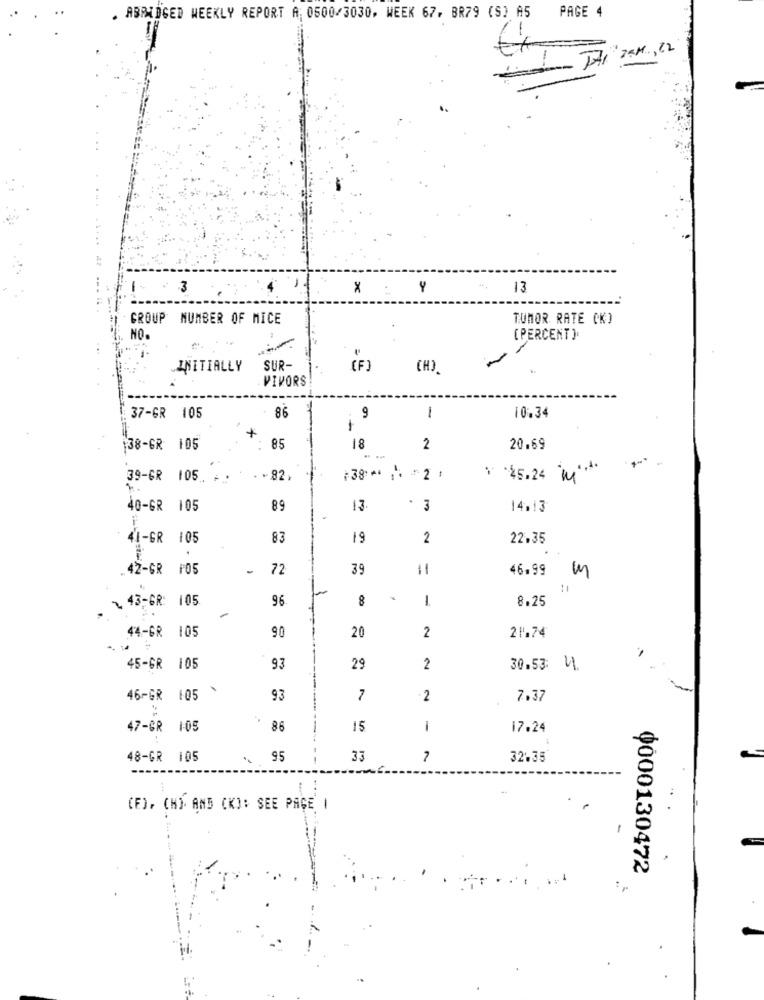
PAGE 4
. ABRIDGED WEEKLY REPORT A, 0500/3030, WEEK 67, BR79 (S) A5
TAI 25M,22
3
Y
13
GROUP NUMBER OF MICE
TUMOR RATE CK)
NO.
[PERCENT )
INITIALLY
SUR-
( F )
CH)
VIVORS
86
37-GR 105
1
10.34
+
38-GR 105
85
18
2
20.69
39-GR
105
. . 82.
:38 ** * 21
: 45.24 """"
40-GR 105
89
13
- 3
14,13
41-GR 105
83
19
2
22.35
.
.42-GR F05
-
72
39
46.99
3
11
43 ,- GR: 105
96
8
-
8.25
-
44-GR
105
90
21.74
20
2
45-GR 105
93
29
2
30.53: 41
---
46-GR 105
93
2
7.37
47-GR 105
86
-
15
-
17.24
48-GR 105
. 95
33
7
32.35
(F), CH) AND (K): SEE PAGE |
-
0000130472